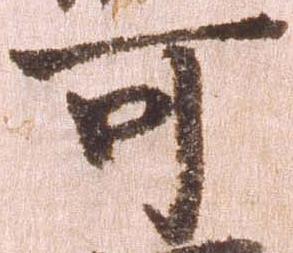
可